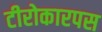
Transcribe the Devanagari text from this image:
टीरोकारपस